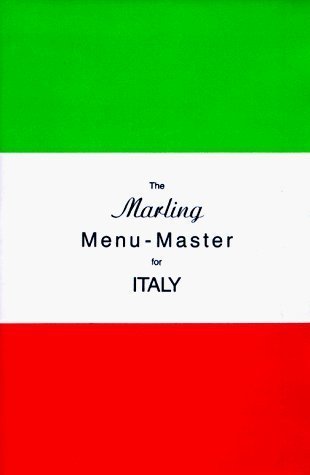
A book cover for The Marling Menu-Master for Italy by William E. Marling (July 1971); Cookbooks, Food & Wine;